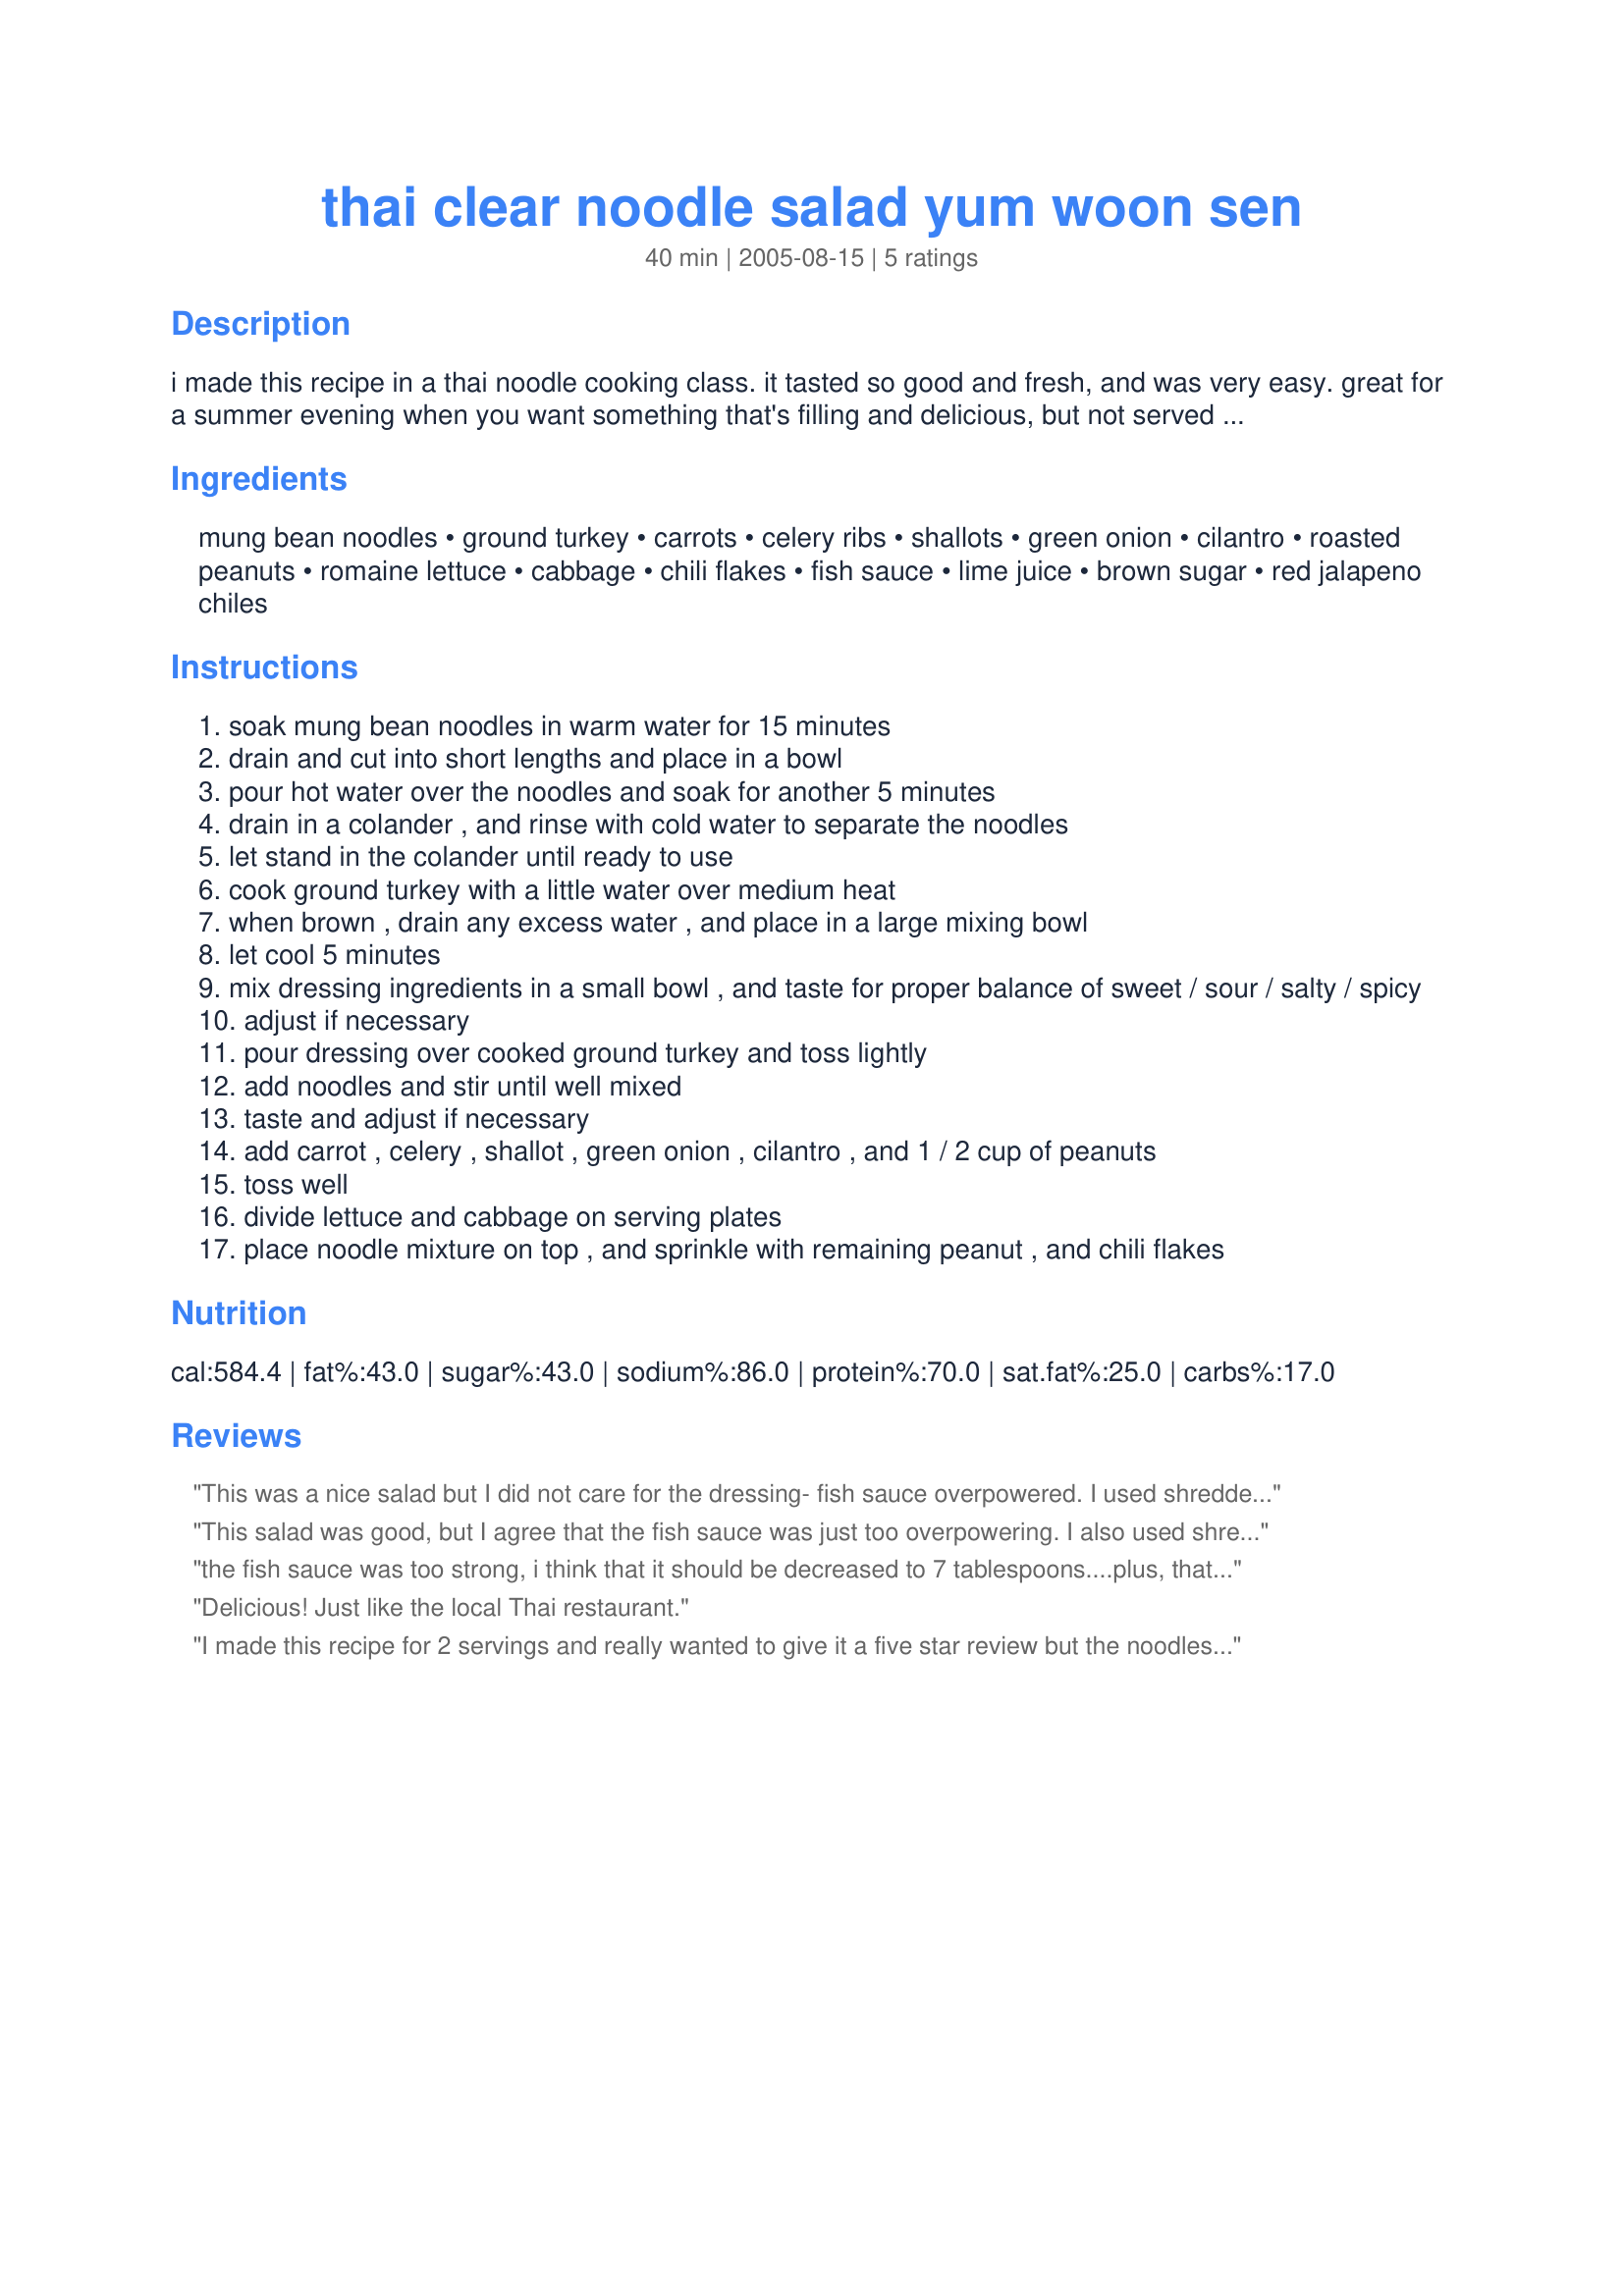
thai clear noodle salad yum woon sen
Preparation time: 40 minutes

i made this recipe in a thai noodle cooking class. it tasted so good and fresh, and was very easy. great for a summer evening when you want something that's filling and delicious, but not served hot.

Ingredients:
mung bean noodles, ground turkey, carrots, celery ribs, shallots, green onion, cilantro, roasted peanuts, romaine lettuce, cabbage, chili flakes, fish sauce, lime juice, brown sugar, red jalapeno chiles

Steps:
soak mung bean noodles in warm water for 15 minutes
drain and cut into short lengths and place in a bowl
pour hot water over the noodles and soak for another 5 minutes
drain in a colander , and rinse with cold water to separate the noodles
let stand in the colander until ready to use
cook ground turkey with a little water over medium heat
when brown , drain any excess water , and place in a large mixing bowl
let cool 5 minutes
mix dressing ingredients in a small bowl , and taste for proper balance of sweet / sour / salty / spicy
adjust if necessary
pour dressing over cooked ground turkey and toss lightly
add noodles and stir until well mixed
taste and adjust if necessary
add carrot , celery , shallot , green onion , cilantro , and 1 / 2 cup of peanuts
toss well
divide lettuce and cabbage on serving plates
place noodle mixture on top , and sprinkle with remaining peanut , and chili flakes

Reviews:
This was a nice salad but I did not care for the dressing- fish sauce overpowered. I used shredded chicken breast and almonds rather than peanuts. I will make this again using less fish sauce- maybe replacing some of it with rice vinegar. Thanks for sharing this PanNan!
This salad was good, but I agree that the fish sauce was just too overpowering. I also used shredded chicken and peanuts. My husband and I ate this, but my kids wouldn&#039;t. I will try again at a later time with a different dressing using less fish sauce. Made for the Asian round of ZWT9 for team Tasty Testers.
the fish sauce was too strong, i think that it should be decreased to 7 tablespoons....plus, that's a lot of sodium in an otherwise healthy salad.
Delicious! Just like the local Thai restaurant.
I made this recipe for 2 servings and really wanted to give it a five star review but the noodles and the sauce were not winners for me. Used shredded chicken breast, cole slaw blend, and parsley instead of cilantro. The chili flakes I added a pinch or two and used a jalapeno that I cut the seeds out of for the chilies in the sauce. The noodles didnt really have a flavor and like the other reviews I didnt care for the strong fish sauce taste. If I make this again I would sub angel hair pasta and find another recipe for the sauce or buy a dressing from the store. Made and reviewed for the Culinary Quest 2016 - Thailand/Indonesia.
